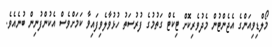
މޯލްޑިވިއަންގެ އެޖެންޓުން މެދުވެރިކޮށް ޓިކެޓް ގަތުމުގެ ފުރުސަތު ހުޅުވާލެވިފައިވާ ކަމަށްވެސް އެކުންފުނިން ބުނެއެވެ.